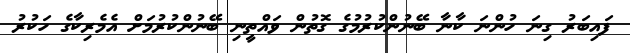
ފައިބަރު ގިނަ ހުންނަ ކާނާ ބޭނުންކުރުމުގެ ގޮތުން ވައްތީނި ބޭނުންކުރުމަށް އެމެރިކާގެ ހަކުރު